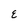
Character: e